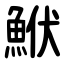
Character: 鮲